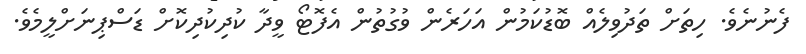
ފެނުނެވެ. ހިތަށް ތަދުވިލެއް ބޮޑުކަމުން އަހަރެން ވުގުތުން އެފޮޓޯ ވީދާ ކުދިކުދިކޮށް ޑަސްޕިނަށްލީމެވެ.